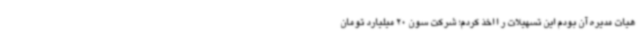
هیات مدیره آن بودم این تسهیلات ر ا اخذ کردم؛ شرکت سون 20 میلیارد تومان